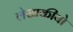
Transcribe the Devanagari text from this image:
लेखकीयो